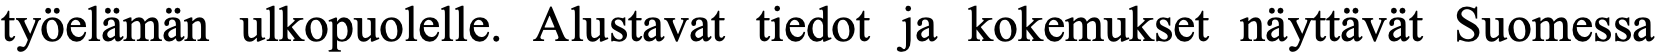
työelämän ulkopuolelle. Alustavat tiedot ja kokemukset näyttävät Suomessa